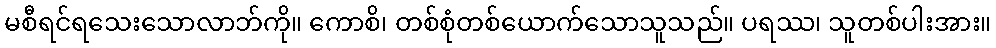
မစီရင်ရသေးသောလာဘ်ကို။ ကောစိ၊ တစ်စုံတစ်ယောက်သောသူသည်။ ပရဿ၊ သူတစ်ပါးအား။